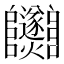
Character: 𨽵